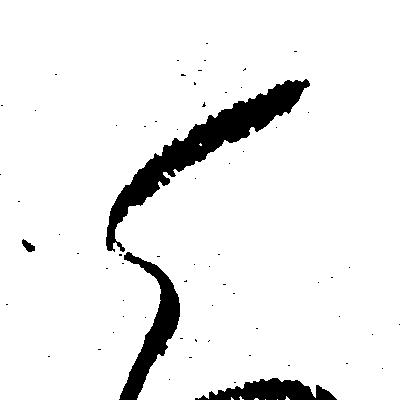
ら